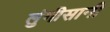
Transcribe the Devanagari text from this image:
लुंगीसानी